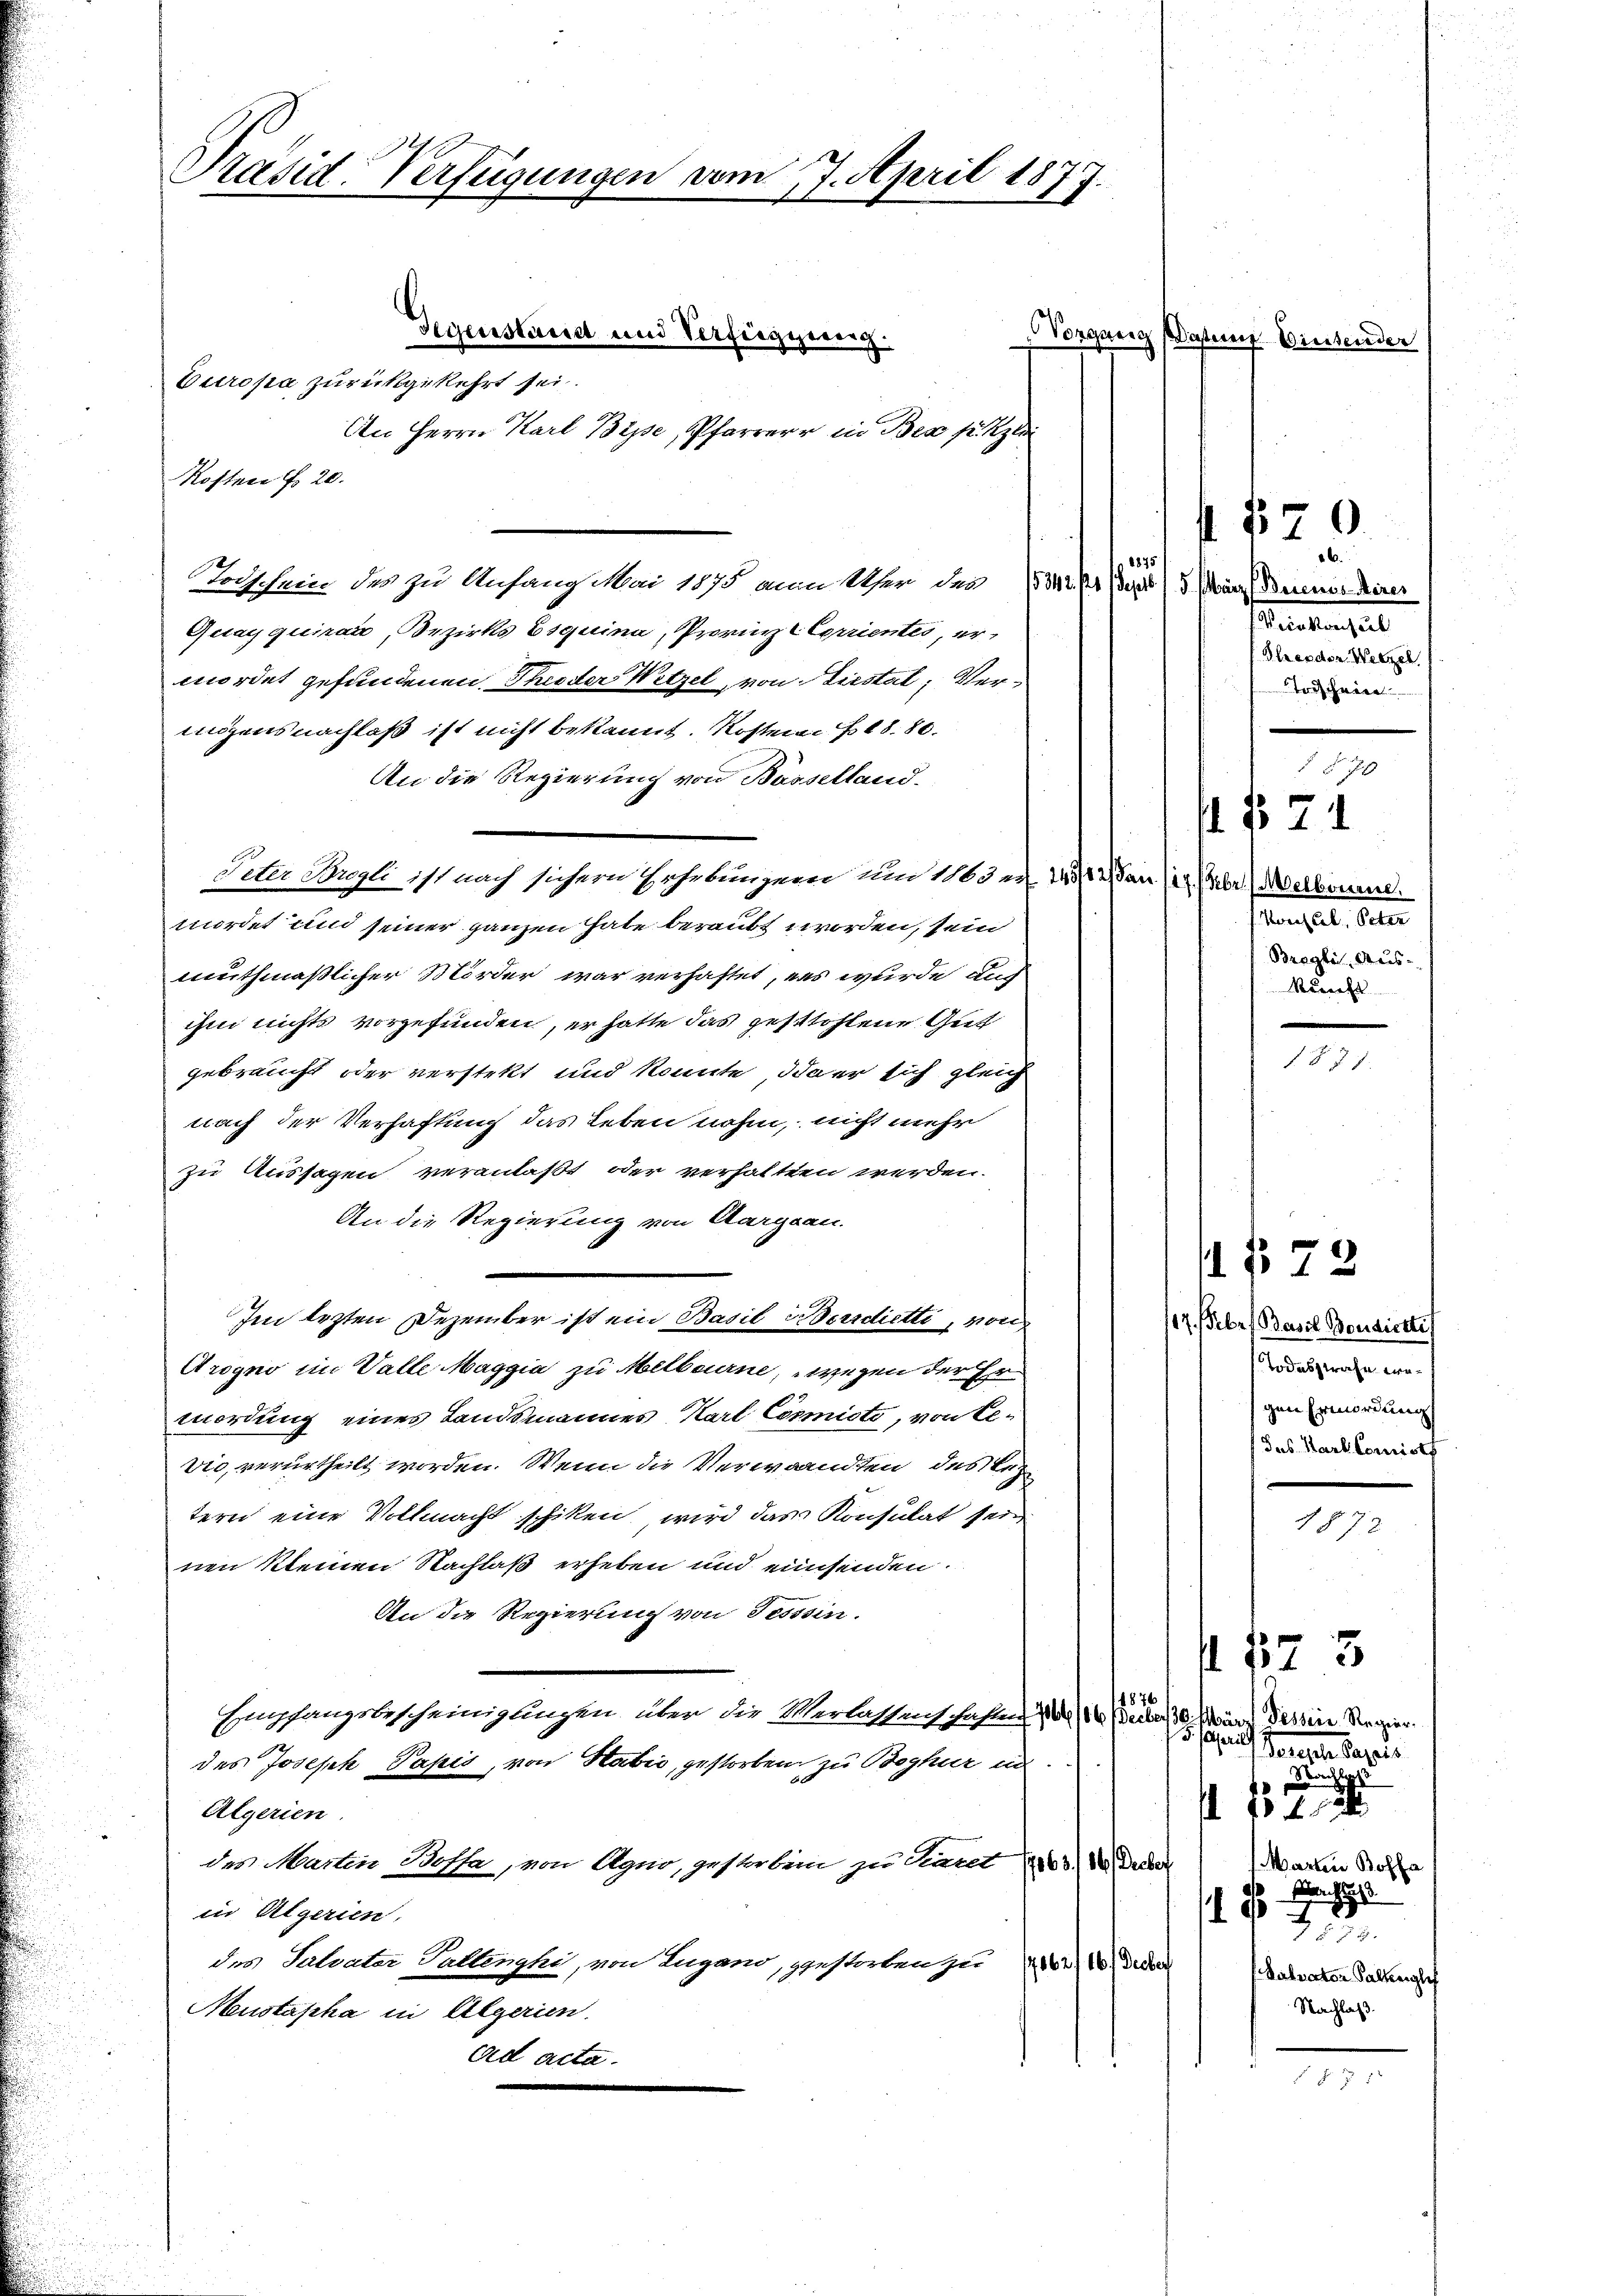
Präsid. Verfügungen vom 17. April 1877.

Gegenstand und Verfügung
Vorgang Wasten
Europa zurückgekehrt sei.
An Herrn Karl Bise, Pfarrer in Bex setzli
Kosten f. 20.
Todschein des zu Anfang Mai 1875 am Ufer der (M. D. Sept (3 März eines Airer
Quayquirau, Bezirks Esquina, Prinz Corrientes, ermordet gefundenen Theoder Wetzel von Liestal, Verinigens nachlaß ist nicht bekannt. Kosten 1880.
An die Regierung von Basselland.
Peter Sorgli ist nach sichern Hehrbungend um 1163 n 11/12 Par (braelbourere
mirdet und seiner ganzen habe beraubt worden, sein
muthmaßlicher Mörder war verhaftet, es wurde und
ihm nichts vorgefunden, er hatte das gestohlene Gut
gebraucht oder verstellt und könnte, da er sich gleich
nach der Verhaftung das Leben nahm, nicht mehr
zu Aussagen veranlaßt oder verhaltten werden.
An die Regierung von Aargau.
Im lezten Dezember ist ein Basil in Beerdietti, von
Arogno im Valle Maggia zu Melbourne, wegen der Ermordung eines Landsmannes Karl Commisti, von Gevie, verurtheilt worden. Wenn die Verwandten des Bez
tern eine Vollmacht schiken, wird das Konsulat sein
nen kleinen Nachlaß erheben und einsenden.
An die Regierung von Tessin.
4876
Empfangsbescheinigungen über die Verlassenschaften 1/16 Weiber 30 März dessen Regier
15. Jahre
des Joseph Papis, von Habić, gestorben zu Boghur in
Algerien.
des Martin Bossa, von Agno, gestorben zu Staret der
in Algerien.
des Salvater Gallenghi, von Lugano, gestorben zu 10. Der
Meustapha in Algerien.
ad acta.

1875

523
Taugen Papie
ap
A 15 f 12
Martin Boffa
r
1 f 4 x
2
 2
Ratrator Falkenglich
Nachlaß.

i. Eintender

f 12
6
staaten, und
lreodor Weigel.
Trischeine

I § 71

Konseil, Peter
Bragli, Aus-
kunft

I. § 73.

.

§ 570

§71.

117. Febr. Basil Bousierte
Todesstrafe ergen Ermordung
f das Karl Comises

72